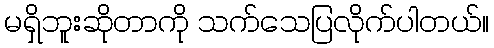
မရှိဘူးဆိုတာကို သက်သေပြလိုက်ပါတယ်။